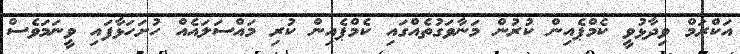
އަކްރަމް ވިދާޅުވީ ކެމްޕެއިން ކުރުން މަނާވަގުތެއްގައި ކެމްޕެއިން ކުރި މައްސަލައެއް ހުށަހަޅާފައި ވީނަމަވެސް